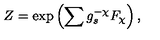
Z = \mathrm { e x p } \left( \sum g _ { s } ^ { - \chi } { F } _ { \chi } \right) ,